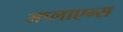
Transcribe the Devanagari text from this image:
अप्लाएन्स